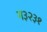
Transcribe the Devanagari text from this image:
ग३२३१